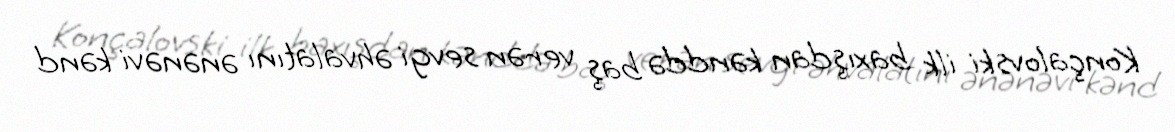
Konçalovski ilk baxışdan kənddə baş verən sevgi əhvalatını ənənəvi kənd